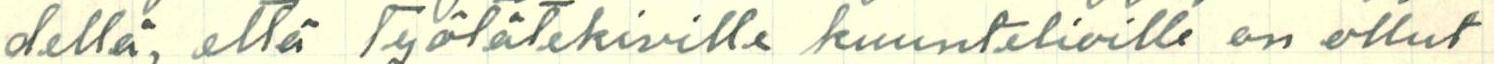
dellä, että työtätekiville kuuntelioille on ollut